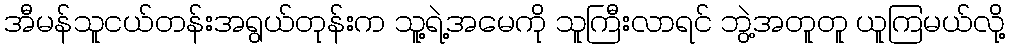
အီမန်သူငယ်တန်းအရွယ်တုန်းက သူ့ရဲ့အမေကို သူကြီးလာရင် ဘွဲ့အတူတူ ယူကြမယ်လို့